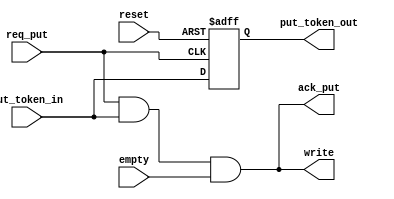
////////////////////////////////////////////////////////////////////////////////////
// Copyright (c) 2016, University of British Columbia (UBC)  All rights reserved. //
//                                                                                //
// Redistribution  and  use  in  source   and  binary  forms,   with  or  without //
// modification,  are permitted  provided that  the following conditions are met: //
//   * Redistributions   of  source   code  must  retain   the   above  copyright //
//     notice,  this   list   of   conditions   and   the  following  disclaimer. //
//   * Redistributions  in  binary  form  must  reproduce  the  above   copyright //
//     notice, this  list  of  conditions  and the  following  disclaimer in  the //
//     documentation and/or  other  materials  provided  with  the  distribution. //
//   * Neither the name of the University of British Columbia (UBC) nor the names //
//     of   its   contributors  may  be  used  to  endorse  or   promote products //
//     derived from  this  software without  specific  prior  written permission. //
//                                                                                //
// THIS  SOFTWARE IS  PROVIDED  BY THE COPYRIGHT HOLDERS AND CONTRIBUTORS "AS IS" //
// AND  ANY EXPRESS  OR IMPLIED WARRANTIES,  INCLUDING,  BUT NOT LIMITED TO,  THE //
// IMPLIED WARRANTIES OF MERCHANTABILITY AND FITNESS FOR A PARTICULAR PURPOSE ARE //
// DISCLAIMED.  IN NO  EVENT SHALL University of British Columbia (UBC) BE LIABLE //
// FOR ANY DIRECT,  INDIRECT,  INCIDENTAL,  SPECIAL,  EXEMPLARY, OR CONSEQUENTIAL //
// DAMAGES  (INCLUDING,  BUT NOT LIMITED TO,  PROCUREMENT OF  SUBSTITUTE GOODS OR //
// SERVICES;  LOSS OF USE,  DATA,  OR PROFITS;  OR BUSINESS INTERRUPTION) HOWEVER //
// CAUSED AND ON ANY THEORY OF LIABILITY,  WHETHER IN CONTRACT, STRICT LIABILITY, //
// OR TORT  (INCLUDING NEGLIGENCE OR OTHERWISE) ARISING IN ANY WAY OUT OF THE USE //
// OF  THIS SOFTWARE,  EVEN  IF  ADVISED  OF  THE  POSSIBILITY  OF  SUCH  DAMAGE. //
////////////////////////////////////////////////////////////////////////////////////

////////////////////////////////////////////////////////////////////////////////////
//          asps_put.v: asp* put interface and token propagation module           //
//  Cell-based Mixed FIFOs :: University of British Columbia  (UBC) :: July 2016  //
////////////////////////////////////////////////////////////////////////////////////

////////////////////////////////////////////////////////////////////////////////////
//                                                                                //
// reset >------------------------.                                               //
//                            ____|_____                                          //
//                           | RST/SET | (STAGE=0 ? SET : RST)                    //
// req_put >---------+-------|CLK __   |                                          //
//                   |       |     |  Q|-------> put_token_out                    //
// put_token_in >----|---+---|D    v__ |                                          //
//                   |   |   |_________|                                          //
//                   |   |    ____                                                //
//                   |   '---|    \            .-----> ack_put                    //
//                   |       |     \  and_tmp  |                                  //
//                   '-------| AND  )----------+                                  //
//                           |     /           |                                  //
// empty >-------------------|____/            '-------> write                    //
//                                                                                //
////////////////////////////////////////////////////////////////////////////////////

module asps_put
  #( parameter  STAGE = 0    )  // stage index
   ( input      reset        ,  // global reset
     input      req_put      ,  // request put
     output     ack_put      ,  // acknowledge put
     input      put_token_in ,  // put token ring in
     output reg put_token_out,  // put token ring out
     output     write        ,  // write indicator to current stage
     input      empty        ); // current stage is empty

  // local wires 
  wire and_tmp;
  
  // flop to hold token state
  always@(negedge req_put or posedge reset)
    if (reset)
      if (STAGE == 0) put_token_out <= 1'b1;
      else            put_token_out <= 1'b0;
    else
      put_token_out <= put_token_in;

  // assign outputs
  assign and_tmp = req_put & put_token_in & empty;
  assign write   = and_tmp;
  assign ack_put = and_tmp;

endmodule // asps_put